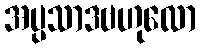
အပ္ပသာဒဗဟုလော